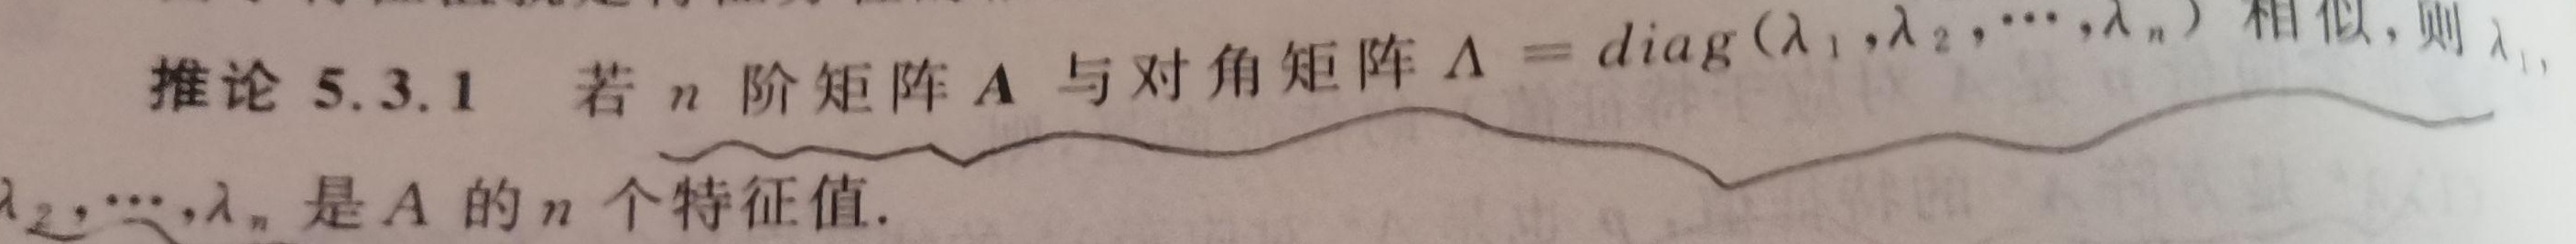
推论 5.3.1 若 \(n\) 阶矩阵 \(\boldsymbol{A}\) 与对角矩阵 \(\boldsymbol{\Lambda} = \text{diag}(\lambda_1,\lambda_2,\cdots,\lambda_n)\) 相似，则 \(\lambda_1,\lambda_2,\cdots,\lambda_n\) 是 \(\boldsymbol{A}\) 的 \(n\) 个特征值。